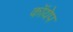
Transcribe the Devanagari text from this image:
कॉयेप